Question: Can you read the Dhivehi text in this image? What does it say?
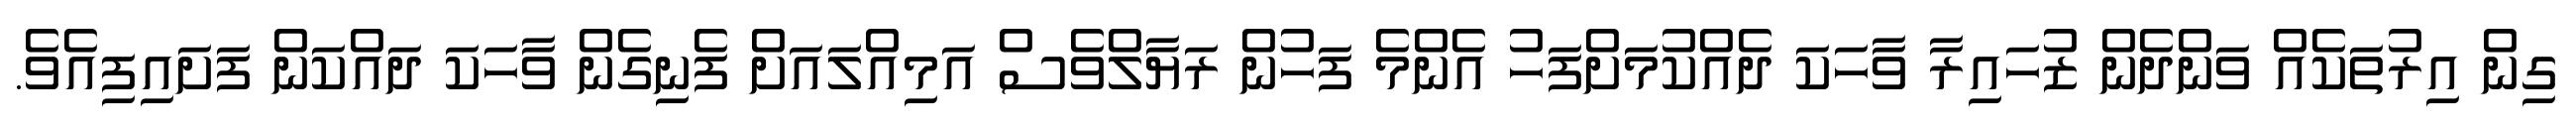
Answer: ގިން އިރުތަކެއް ވަންދެން ޒުހައިރާ ވާހަކަ ދެއްކުމަށްފަހު އެންމެ ފަހުން ރަޔާލްވެސް އަމިއްލައަށް ފެނިގެން ވާހަކަ ދައްކަން ފަށައިފިއެވެ.